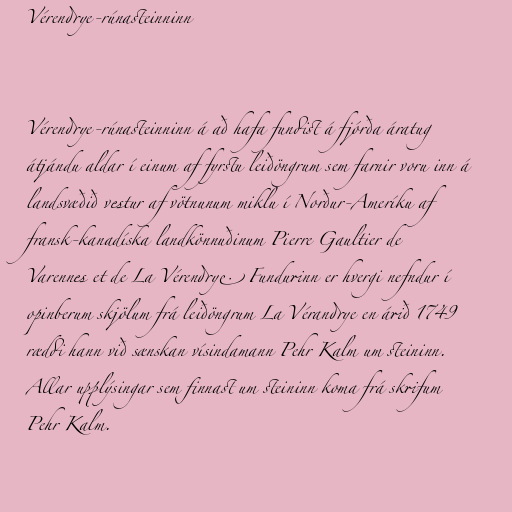
Vérendrye-rúnasteinninn

Vérendrye-rúnasteinninn á að hafa fundist á fjórða áratug
átjándu aldar í einum af fyrstu leiðöngrum sem farnir voru inn á
landsvæðið vestur af vötnunum miklu í Norður-Ameríku af
fransk-kanadíska landkönnuðinum Pierre Gaultier de
Varennes et de La Vérendrye. Fundurinn er hvergi nefndur í
opinberum skjölum frá leiðöngrum La Vérandrye en árið 1749
ræddi hann við sænskan vísindamann Pehr Kalm um steininn.
Allar upplýsingar sem finnast um steininn koma frá skrifum
Pehr Kalm.